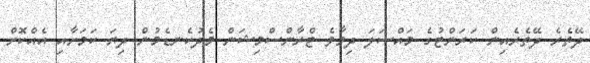
ދޭތެރެ ދޭތެރެއިން ކަރަންޓުގެ މައްސަލަ ދިމާވެ ޓްރާންސްމިޝަން މެދުކެނޑެމުން ދިޔަ ކަމަށާއި އެއްކޮށް